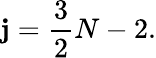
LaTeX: \mathbf{j}={\frac{{3}}{{2}}}N-2.